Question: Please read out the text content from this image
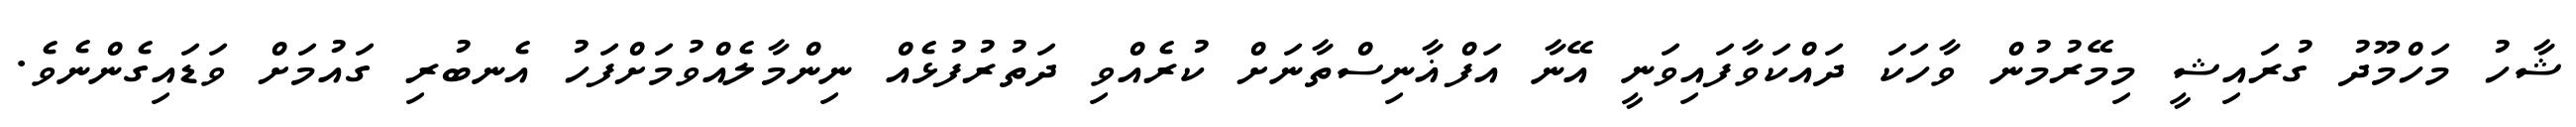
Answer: ޝާހު މަހްމޫދު ގުރައިޝީ މިމޭރުމުން ވާހަކަ ދައްކަވާފައިވަނީ އޭނާ އަފްޣާނިސްތާނަށް ކުރެއްވި ދަތުރުފުޅެއް ނިންމާލެއްވުމަށްފަހު އެނބުރި ގައުމަށް ވަޑައިގެންނެވެ.